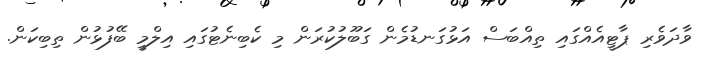
ވާދަވެރި ޕާޓީއެއްގައި ތިއްބަސް އަޅުގަނޑުމެން ގަބޫލުކުރަން މި ކެބިނެޓުގައި އިލްމީ ބޭފުޅުން ތިބިކަން.